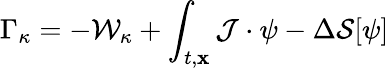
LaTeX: \Gamma_{\kappa}=-{\cal W}_{\kappa}+\int_{t,{\mathbf x}}{\cal J}\cdot\psi-\Delta{\cal S}[\psi]